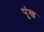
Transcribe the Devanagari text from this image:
पूंख